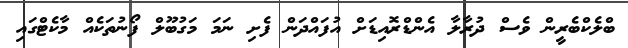
ބްލެކްބެެރީން ވެސް ދުރާލާ އެންޑްރޮއިޑަށް އުފައްދަން ފެށި ނަމަ މަގުބޫލް ފޯނުތަކެއް މާކެޓްގައި